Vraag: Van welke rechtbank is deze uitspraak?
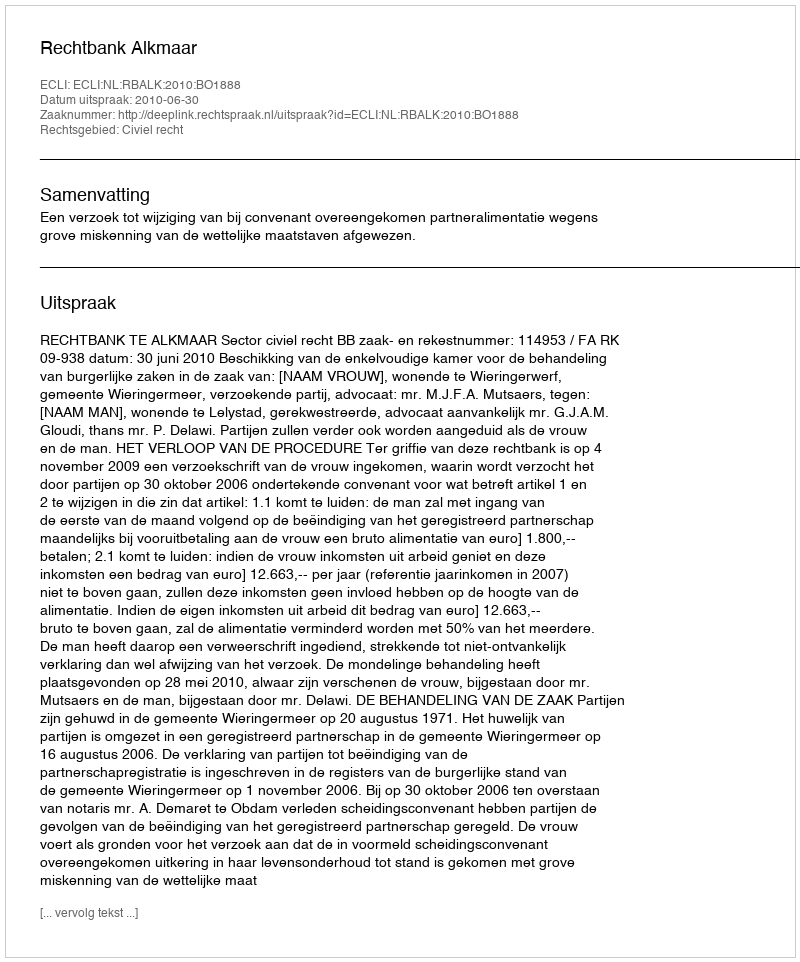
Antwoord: Rechtbank Alkmaar